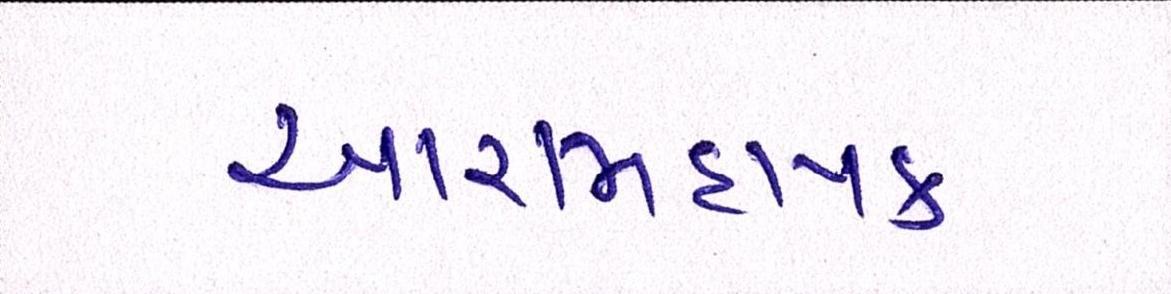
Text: આરામદાયક